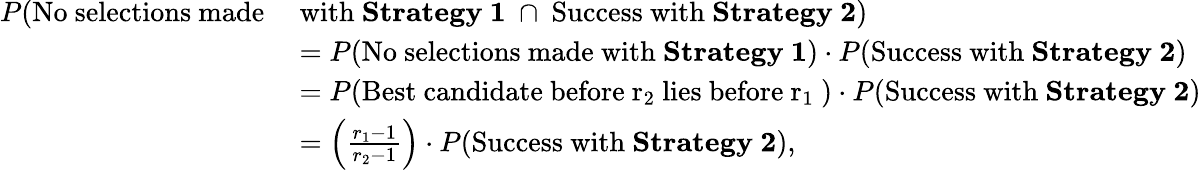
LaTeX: \begin{array}{rl}{P(\mathrm{No~selections~made~}}&{\mathrm{with~\textbf{Strategy~1}~}\cap\mathrm{~Success~with~\textbf{Strategy~2}})}\\ &{=P(\mathrm{No~selections~made~with~\textbf{Strategy~1}})\cdot P(\mathrm{Success~with~\textbf{Strategy~2}})}\\ &{=P(\mathrm{Best~candidate~before~r_2~lies~before~r_1~})\cdot P(\mathrm{Success~with~\textbf{Strategy~2}})}\\ &{=\left(\frac{r_{1}-1}{r_{2}-1}\right)\cdot P(\mathrm{Success~with~\textbf{Strategy~2}}),}\end{array}